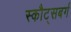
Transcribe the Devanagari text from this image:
स्कौट्सबर्ग